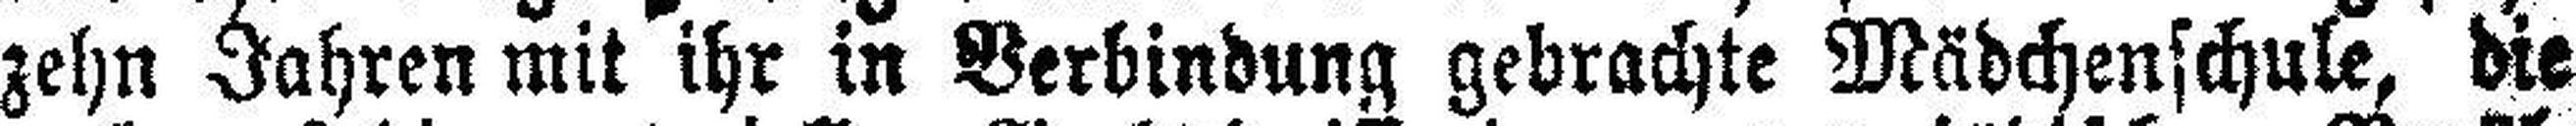
zehn Jahren mit ihr in Verbindung gebrachte Mädchenschule, die